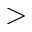
>